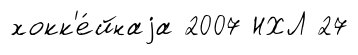
хокк'е́йнаjа 2007 НХЛ 27